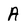
Character: A